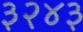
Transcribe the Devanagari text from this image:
३२४३